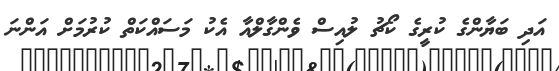
އަދި ބަޔާންގެ ކުރީގެ ކޯޗު ލުއިސް ވެންގާލްއާ އެކު މަސައްކަތް ކުރުމަށް އަންނަ